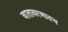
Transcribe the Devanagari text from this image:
वातावरणातच